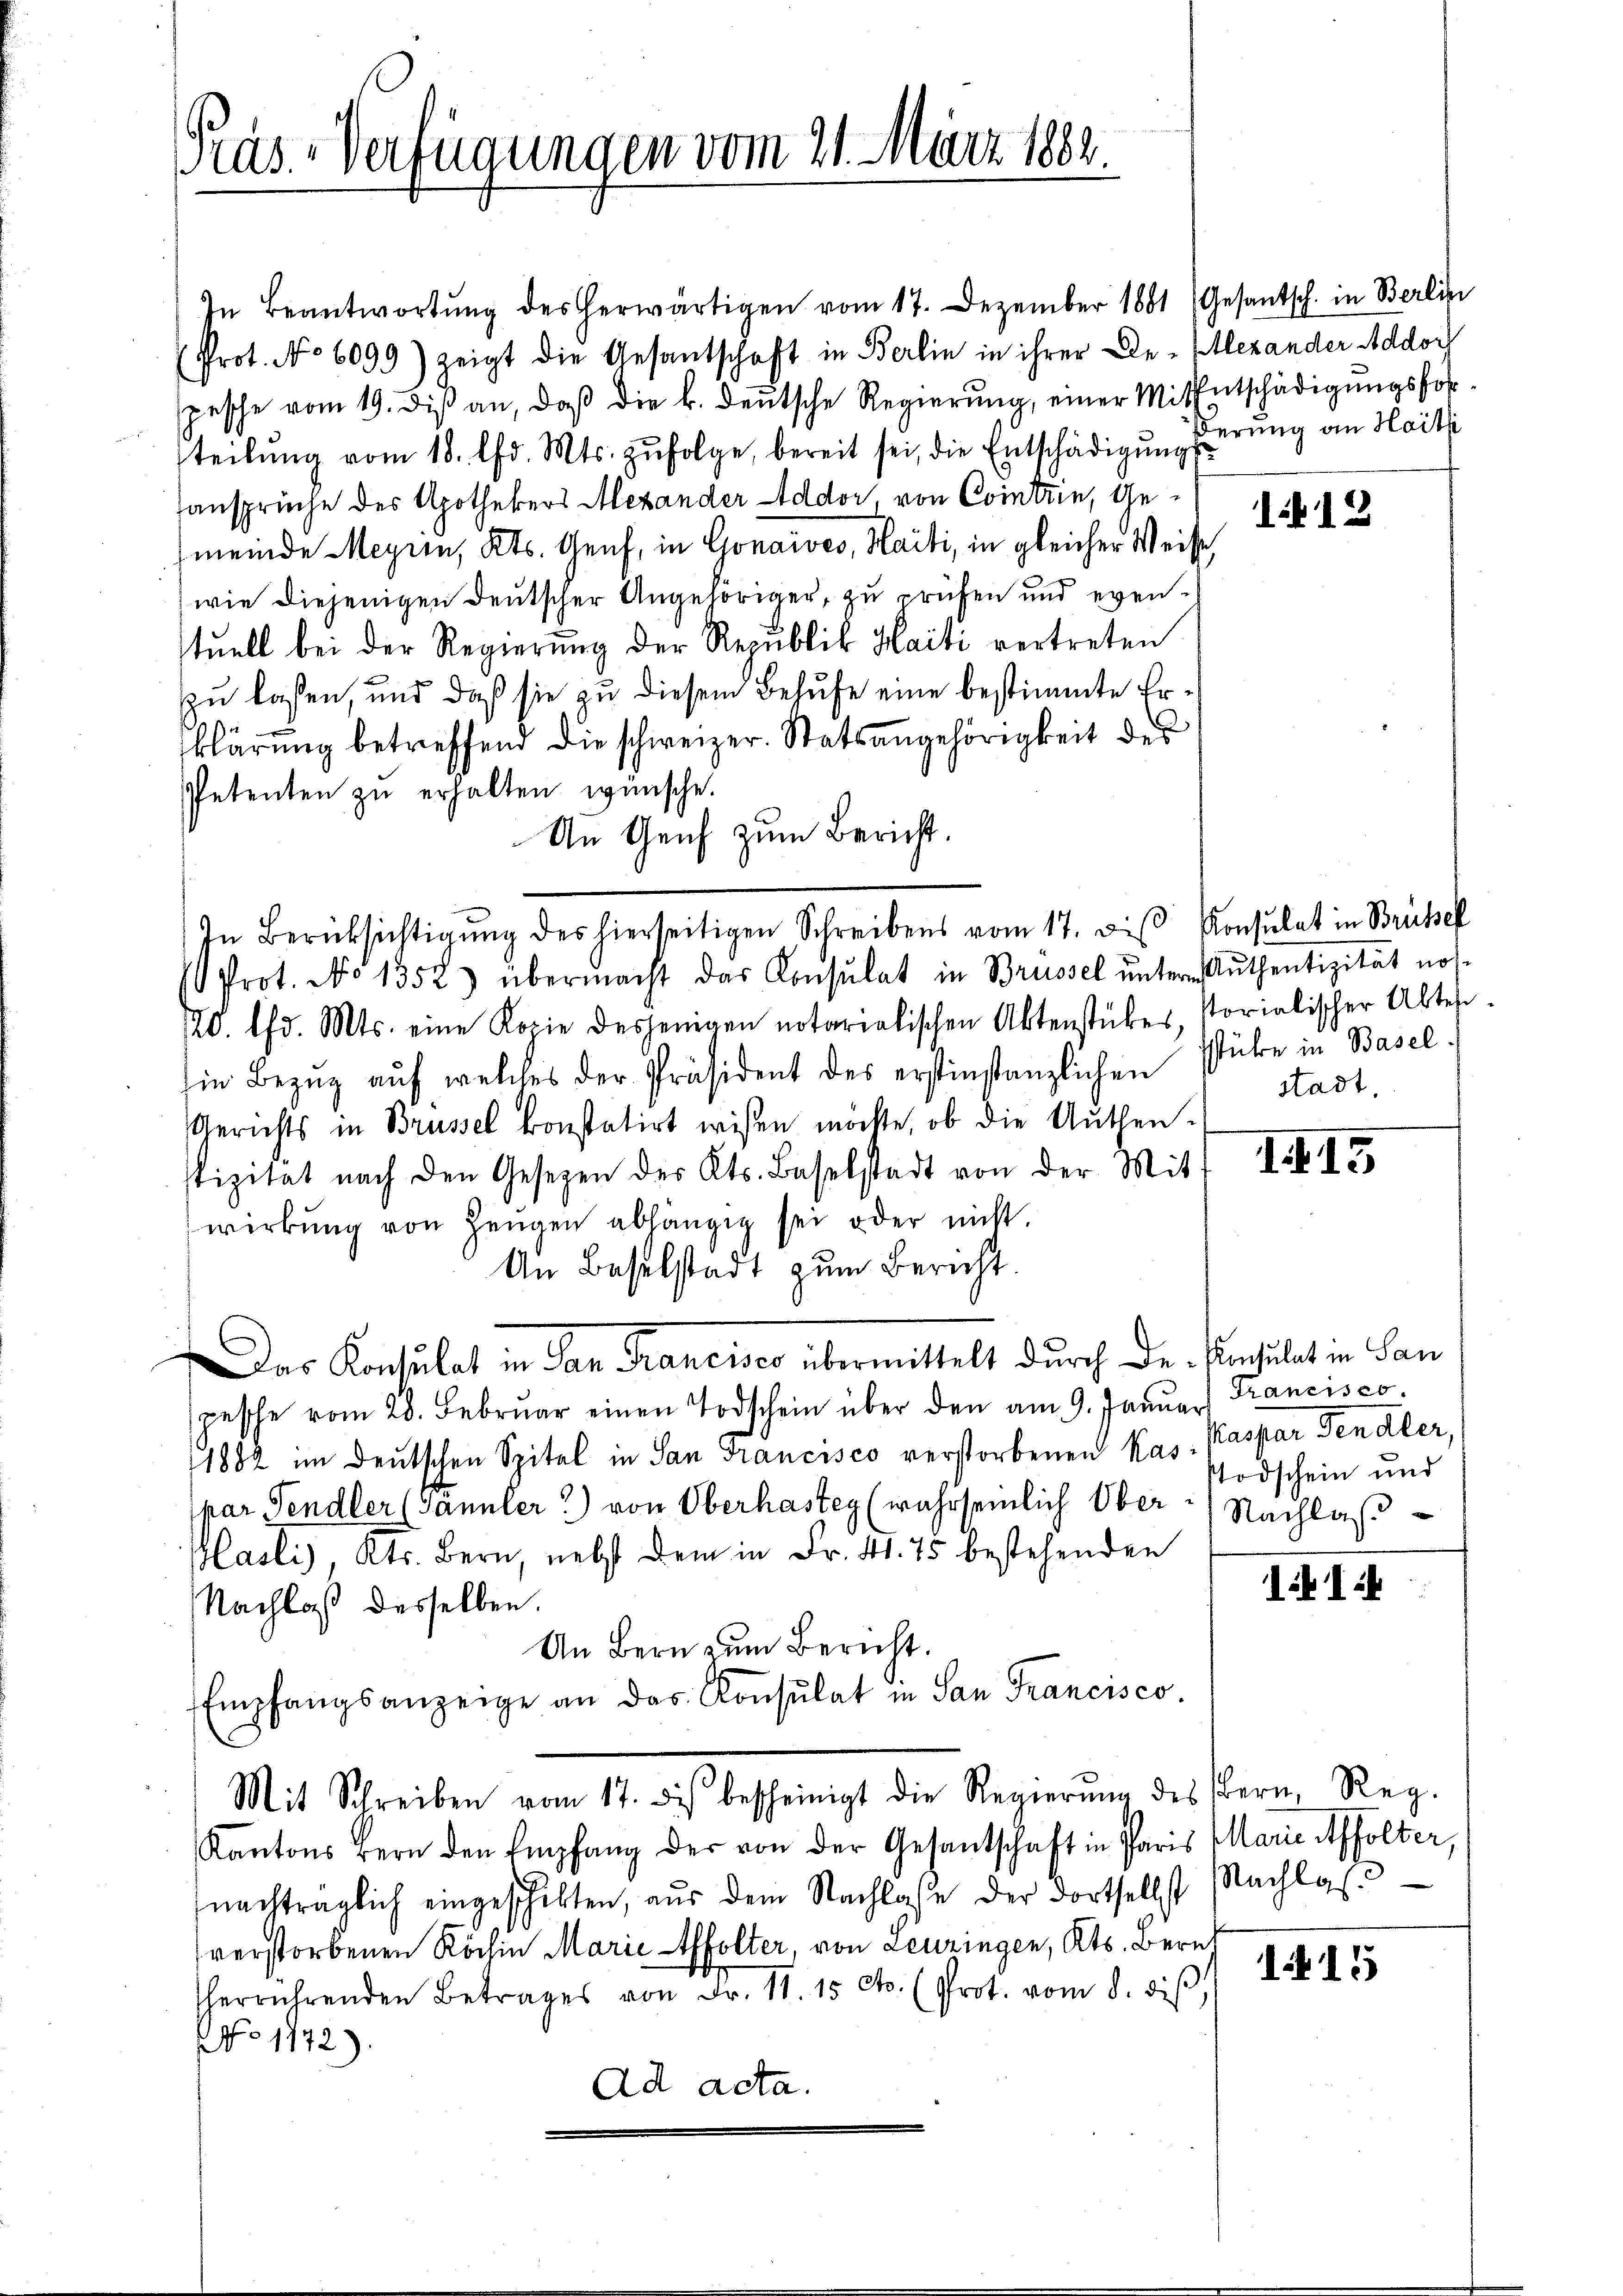
Pras-Verfügungen vom 21. März 1882.

In Beantwortŭng des herwärtigen vom 17. Dezember 1881 (Gesantsch. in Berlin
Prot. No 6099) zeigt die Gesantschaft in Berlin in ihrer De-(Alexander Addor
pesche vom 19. diβ an, daβ die k. deŭtsche Regierŭng, einer Mithatschädigŭngsforteilŭng vom 18. d. Mts. zŭfolge, bereit sei, die Entschädigŭngs
ansprüche des Apothekers Alexander Addor, von Contrin, Ge¬
(meinde Meyrin, Kts. Genf, in Gonaives, Haiti, in gleicher Weise,
wie diejenigen deutscher Angehöriger, zu prüfen und evenstuell bei der Regierung der Republik Haiti vertreten
zu laßen, und daß sie zu diesem Behufe eine bestimmte Erklärung betreffend die schweizer. Statsangehörigkeit des
Petenten zu erhalten wünsche.
An Genf zum Bericht.
In Berücksichtigŭng des hierseitigen Schreibens vom 17. des Konsulat in Brüssel
Prot. No 1352) übermacht das Consulat in Brüssel untern Authentizität nos¬
20. d. Mts. eine Kopie desjenigen notarialischen Aktenstükes, storialischer Alter
Ein Bezŭg aŭf welches der Präsident des erstinstanzlichen Stube in Basel
Gerichts in Brüssel konstatirt wissen möchte, ob die Authenizität nach den Gesezen des Kts. Baselstadt von der Mit-
wirkung von Zeŭgen abhängen sei oder nicht.
An Baselstadt zum Bericht.
Das Konsulat in San Francisco übermittelt durch Dr. Pinsulat in San
pesche vom 28. Februar einen Todschein über den am 9. Januar Francisco
1882 im Deutschen Spital in San Francisco verstorbenen Kas - Kaspar den Aler,
spar Sendler (Gännler) von Oberhasteg (wahrseinlich Über Nachlaß
Pasli), Kts. Bern, nebst dem in Fr. 41. 75 bestehenden
Nachlaß desselben.
An Bern zum Bericht.
Empfangsanzeige an das Konsulat in San Francisco
Mit Schreiben vom 17. des bescheinigt die Regierŭng des Bern, Reg.
Kantons Bern den Empfang der von der Gesantschaft in Paris Marie Affolter,
nachträglich eingeschikten, aŭs dem Nachlasse der dortselbst Nachlas
verstorbenen Köchin Marie Affolter, von Leuzingen, Kts. Bern
therrührenden Betrages von Fr. 11. 15 Cts. (Prot. vom 8. diβ.
No 1172).
Ad acta.

ßerung an Haitzi

112

stadt.

115

TTodschein und

II:

1415